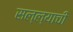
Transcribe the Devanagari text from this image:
सल्ल्याची